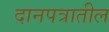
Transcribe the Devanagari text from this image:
दानपत्रातील